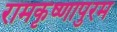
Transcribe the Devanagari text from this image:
रामकृष्णापुरम